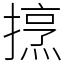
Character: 𢴒